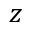
z